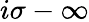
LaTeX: i\sigma-\infty